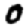
Digit: 0